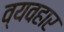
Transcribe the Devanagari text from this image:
व्यवहार